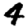
Digit: 4